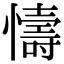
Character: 懤